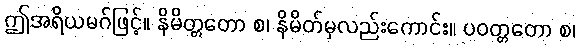
ဤအရိယမဂ်ဖြင့်။ နိမိတ္တတော စ၊ နိမိတ်မှလည်းကောင်း။ ပဝတ္တတော စ၊